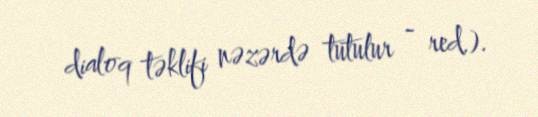
dialoq təklifi nəzərdə tutulur - red.).